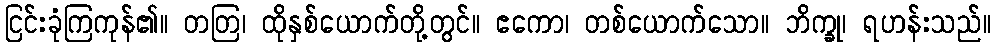
ငြင်းခုံကြကုန်၏။ တတြ၊ ထိုနှစ်ယောက်တို့တွင်။ ဧကော၊ တစ်ယောက်သော။ ဘိက္ခု၊ ရဟန်းသည်။